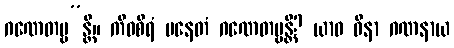
ဂဏေတဗ္ဗ”န္တိ။ ကီဝစိရံ ပနေတံ ဂဏေတဗ္ဗန္တိ? ယာဝ ဝိနာ ဂဏနာယ